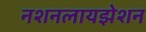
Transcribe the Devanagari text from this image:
नशनलायझेशन